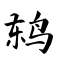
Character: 鸫